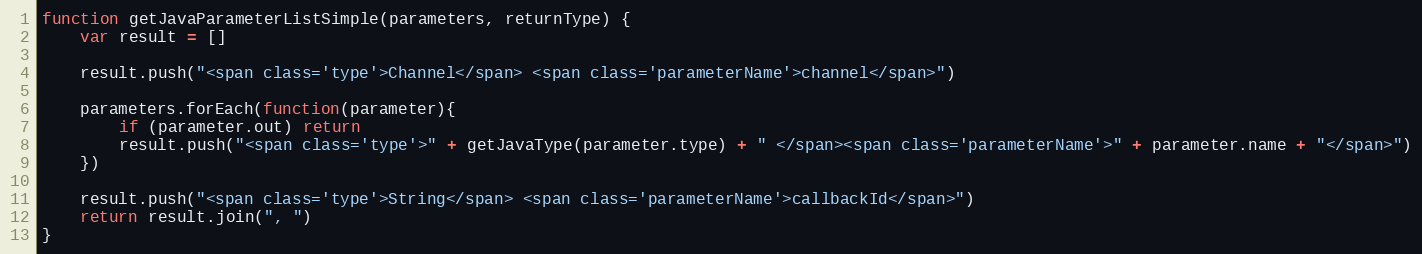
Language: JavaScript
function getJavaParameterListSimple(parameters, returnType) {
    var result = []

    result.push("<span class='type'>Channel</span> <span class='parameterName'>channel</span>")

    parameters.forEach(function(parameter){
        if (parameter.out) return
        result.push("<span class='type'>" + getJavaType(parameter.type) + " </span><span class='parameterName'>" + parameter.name + "</span>")
    })

    result.push("<span class='type'>String</span> <span class='parameterName'>callbackId</span>")
    return result.join(", ")
}